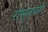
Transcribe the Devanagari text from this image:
रामुलवरी